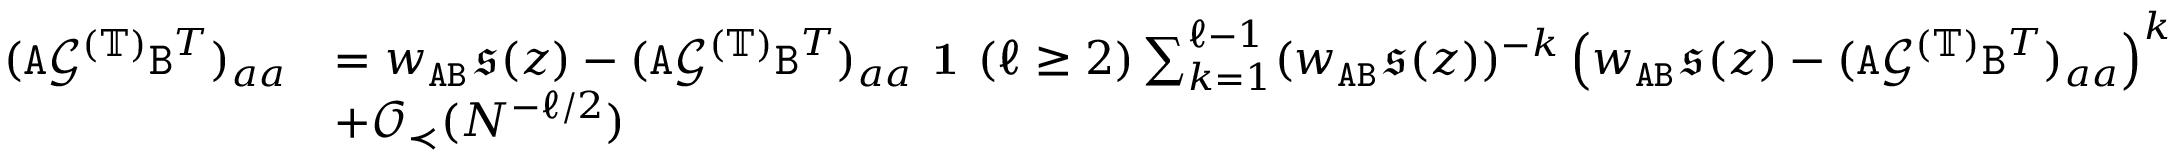
\begin{array} { r l } { ( { \texttt A } { \mathcal G } ^ { ( \mathbb { T } ) } { \texttt B } ^ { T } ) _ { a a } } & { = w _ { { \texttt A } { \texttt B } } \mathfrak { s } ( z ) - ( { \texttt A } { \mathcal G } ^ { ( \mathbb { T } ) } { \texttt B } ^ { T } ) _ { a a } \textbf { 1 } ( \ell \geq 2 ) \sum _ { k = 1 } ^ { \ell - 1 } ( w _ { { \texttt A } { \texttt B } } \mathfrak { s } ( z ) ) ^ { - k } \left( w _ { { \texttt A } { \texttt B } } \mathfrak { s } ( z ) - ( { \texttt A } { \mathcal G } ^ { ( \mathbb { T } ) } { \texttt B } ^ { T } ) _ { a a } \right) ^ { k } } \\ & { + { \mathcal O } _ { \prec } ( N ^ { - \ell / 2 } ) } \end{array}